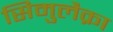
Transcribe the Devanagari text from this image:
सिमुलैक्रा